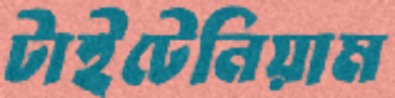
টাইটেনিয়াম